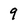
Character: 9